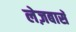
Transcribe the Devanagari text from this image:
लेज़बासॅ